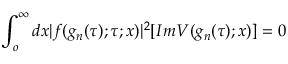
\int _ { o } ^ { \infty } d x | f ( g _ { n } ( \tau ) ; \tau ; x ) | ^ { 2 } [ I m V ( g _ { n } ( \tau ) ; x ) ] = 0